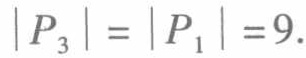
\(\left|P_{3}\right|=\left|P_{1}\right| = 9.\)